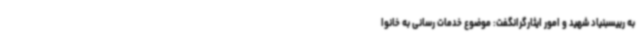
به رییسبنیاد شهید و امور ایثارگرانگفت: موضوع خدمات رسانی به خانوا